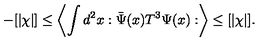
- [ \vert \chi \vert ] \leq \left\langle \int d ^ { 2 } x : \bar { \Psi } ( x ) T ^ { 3 } \Psi ( x ) : \right\rangle \leq [ \vert \chi \vert ] .